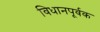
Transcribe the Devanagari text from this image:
विधानपूर्वक